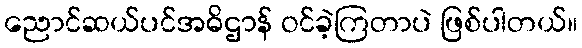
ညောင်ဆယ်ပင်အဓိဌာန် ဝင်ခဲ့ကြတာပဲ ဖြစ်ပါတယ်။